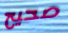
صحيح